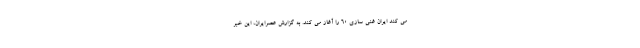
می کند ایران غنی سازی 60 را آغاز می کند. به گزارش عصرایران، این خبر